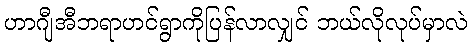
ဟာဂျီအီဘရာဟင်ရွာကိုပြန်လာလျှင် ဘယ်လိုလုပ်မှာလဲ